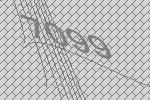
7099